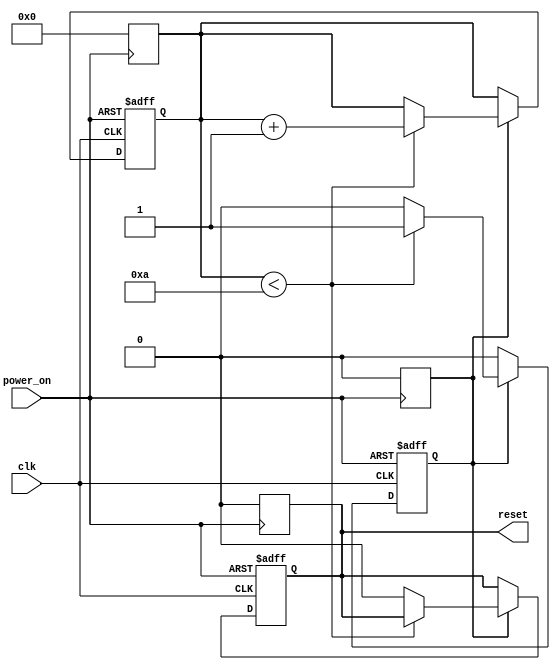
module power_on_reset (
    input wire clk,          // Clock signal
    input wire power_on,     // Power-on signal
    output reg reset         // Reset signal
);

    // Parameters
    parameter RESET_DURATION = 10; // Duration of reset in clock cycles

    // State variable to count clock cycles
    reg [3:0] counter; // Adjust size based on RESET_DURATION

    // State to track if reset is active
    reg reset_active;

    // Asynchronous reset logic
    always @(posedge power_on or posedge clk) begin
        if (power_on) begin
            // Start reset sequence
            reset_active <= 1'b1;
            counter <= 0;
            reset <= 1'b1; // Assert reset
        end else if (reset_active) begin
            if (counter < RESET_DURATION) begin
                counter <= counter + 1; // Increment counter
            end else begin
                reset_active <= 1'b0; // Deassert reset
                reset <= 1'b0; // Deassert reset signal
            end
        end
    end

    // Ensure reset is deasserted when power_on is low
    always @(negedge power_on) begin
        reset <= 1'b0; // Ensure reset is low when power is off
        reset_active <= 1'b0; // Reset active state
        counter <= 0; // Reset counter
    end

endmodule